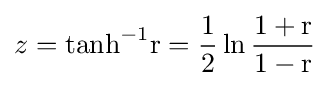
z={\rm {{tanh}^{-1}r={\frac {1}{2}}\ln {\frac {1+r}{1-r}}}}